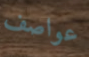
عواصف